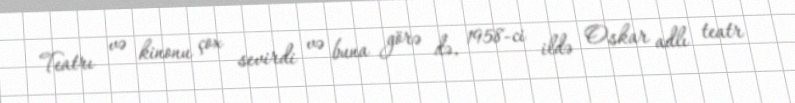
Teatrı və kinonu çox sevirdi və buna görə də, 1958-ci ildə Oskar adlı teatr